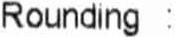
ROUNDING :